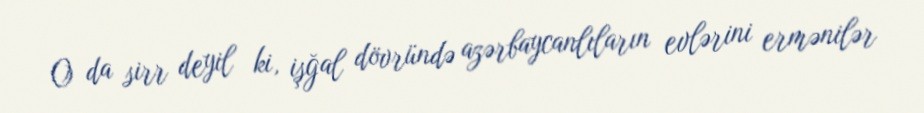
O da sirr deyil ki, işğal dövründə azərbaycanlıların evlərini ermənilər